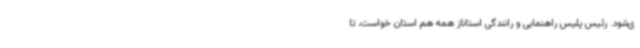
ی‌شود. رئیس پلیس راهنمایی و رانندگی استاناز همه هم استان خواست، تا